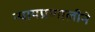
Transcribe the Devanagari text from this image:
न्यायप्रणालीने